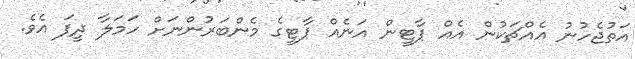
އަތުޖެހުނު އެއްޗަކުން އެއް ޕާޓީން އަނެއް ޕާޓީގެ މެންބަރުންނަށް ހަމަލާ ދީފަ އެވެ.